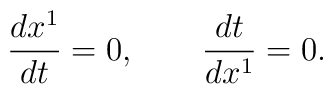
\frac{dx^1}{dt}=0,\quad \quad \frac{dt}{dx^1}=0.